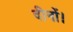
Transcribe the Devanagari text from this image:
दीनों।